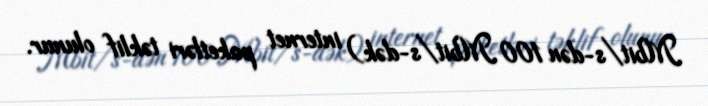
Mbit/s-dən 100 Mbit/s-dək) internet paketləri təklif olunur.